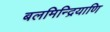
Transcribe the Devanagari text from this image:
बलमिन्द्रियाणि